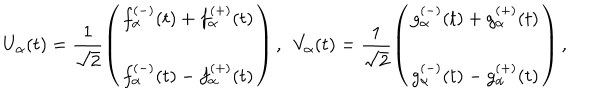
U _ { \alpha } ( t ) = \frac { 1 } { \sqrt { 2 } } \left( \begin{matrix} { { f _ { \alpha } ^ { ( - ) } ( t ) + f _ { \alpha } ^ { ( + ) } ( t ) } } \\ { { f _ { \alpha } ^ { ( - ) } ( t ) - f _ { \alpha } ^ { ( + ) } ( t ) } } \\ \end{matrix} \right) , ~ ~ V _ { \alpha } ( t ) = \frac { 1 } { \sqrt { 2 } } \left( \begin{matrix} { { g _ { \alpha } ^ { ( - ) } ( t ) + g _ { \alpha } ^ { ( + ) } ( t ) } } \\ { { g _ { \alpha } ^ { ( - ) } ( t ) - g _ { \alpha } ^ { ( + ) } ( t ) } } \\ \end{matrix} \right) ,